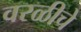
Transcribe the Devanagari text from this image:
वरळीचे